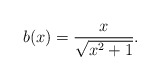
\begin{align*}b(x)=\frac{x}{\sqrt{x^2+1}}.\end{align*}